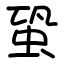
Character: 蛩